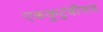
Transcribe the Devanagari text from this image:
एककुटुंबीयच